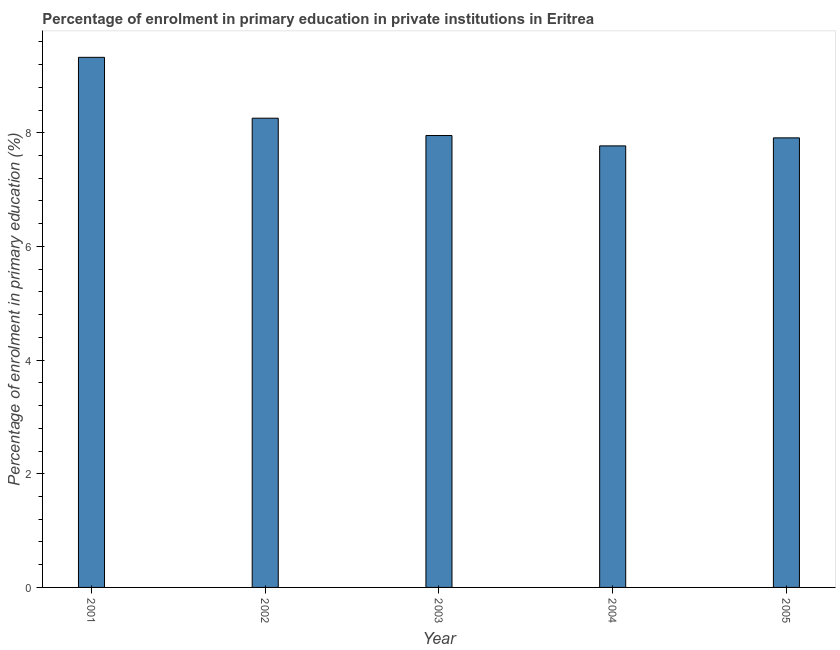
| Year | Enrolment  |
 | --- | --- |
 | 2001 | 9.33 |
 | 2002 | 8.26 |
 | 2003 | 7.95 |
 | 2004 | 7.77 |
 | 2005 | 7.91 |